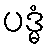
ပဒ္မံ